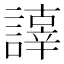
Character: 𧬕